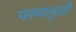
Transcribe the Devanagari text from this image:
परमानुओं